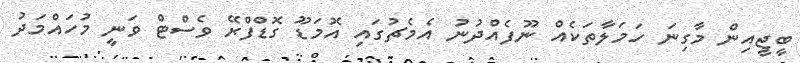
ބީޖީއިން މާގިނަ ހަމަލާތަކެއް ނޫފެއްދުނު އެމެޗުގައި އޮމަޑޫ ގޮޑްފްރޭ ވެސްޓް ވަނީ މުހައްމަދު